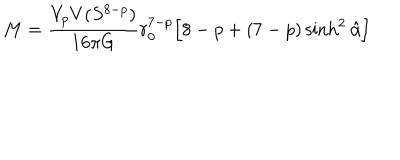
LaTeX: M = \frac { V _ { p } V ( S ^ { 8 - p } ) } { 1 6 \pi G } r _ { 0 } ^ { 7 - p } \Big [ 8 - p + ( 7 - p ) \sinh ^ { 2 } \hat { \alpha } \Big ]